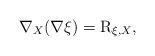
LaTeX: \begin{align*} \nabla _X (\nabla \xi) = {\rm R} _{\xi, X}, \end{align*}